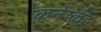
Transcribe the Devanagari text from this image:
कनेष्की